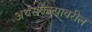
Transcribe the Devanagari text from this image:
अर्थसंकल्पावरील